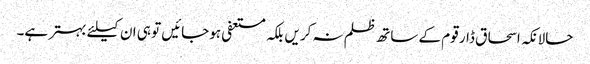
حالانکہ اسحاق ڈار قوم کے ساتھ ظلم نہ کریں بلکہ مستعفی ہوجائیں تو ہی ان کیلئے بہتر ہے۔